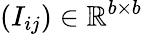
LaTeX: (I_{ij})\in\mathbb{R}^{b\times b}